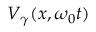
V _ { \gamma } ( x , \omega _ { 0 } t )